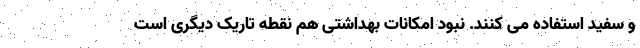
و سفید استفاده می کنند. نبود امکانات بهداشتی هم نقطه تاریک دیگری است